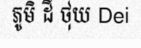
ភូមិ ដី ថុយ Dei